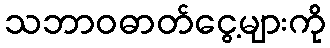
သဘာဝဓာတ်ငွေ့များကို